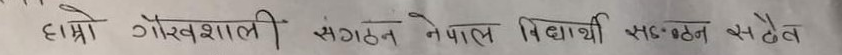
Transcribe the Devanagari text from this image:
हाम्रो गौरवशाली संगठन नेपाल विद्यार्थी सङ्गठन